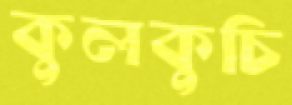
কুলকুচি